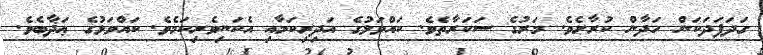
ގަދަފަދަކަން ހަދާން ކުރާށެވެ. މަރުގެ ސަކަރާތެވެ. ކައްވަޅުގެ އަދިރިކަމާއި އެކަނިވެރިކަމެވެ. ކައްވަޅުގެ ޢަޛާބެވެ.